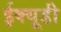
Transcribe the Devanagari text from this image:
ईक्यूडी